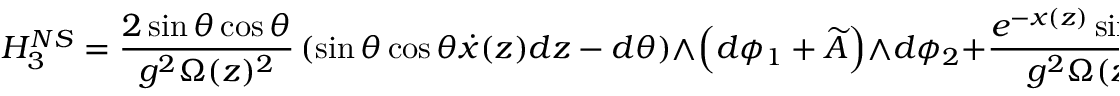
H _ { 3 } ^ { N S } = \frac { 2 \sin { \theta } \cos { \theta } } { g ^ { 2 } \Omega ( z ) ^ { 2 } } \left( \sin { \theta } \cos { \theta } \dot { x } ( z ) d z - d \theta \right) \wedge \left( d \phi _ { 1 } + \widetilde { A } \right) \wedge d \phi _ { 2 } + \frac { e ^ { - x ( z ) } \sin ^ { 2 } { \theta } } { g ^ { 2 } \Omega ( z ) } d \widetilde { A } \wedge d \phi _ { 2 } .